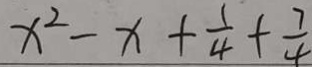
x ^ { 2 } - x + \frac { 1 } { 4 } + \frac { 7 } { 4 }